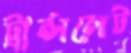
ট্রান্সলেট